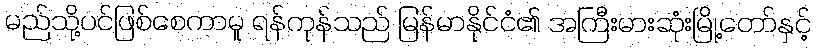
မည်သို့ပင်ဖြစ်စေကာမူ ရန်ကုန်သည် မြန်မာနိုင်ငံ၏ အကြီးမားဆုံးမြို့တော်နှင့်